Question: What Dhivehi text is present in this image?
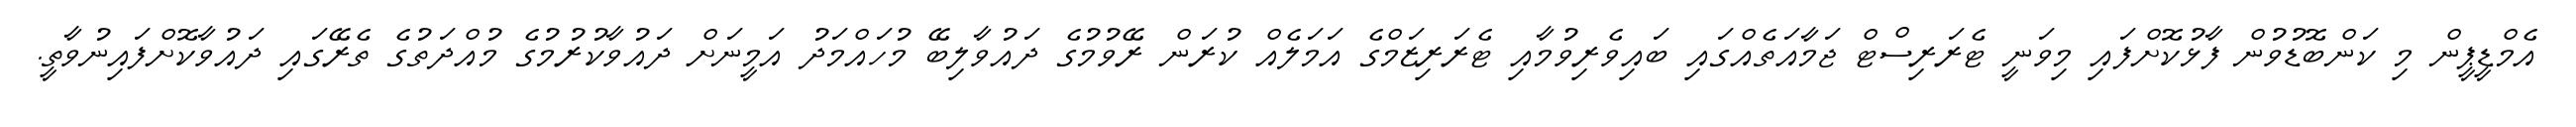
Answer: އެމްޑީޕީން މި ކަންބޮޑުވުން ފާޅުކޮށްފައި މިވަނީ ޓެރަރިސްޓް ޖަމާއަތެއްގައި ބައިވެރިވުމާއި ޓެރަރިޒަމްގެ އަމަލެއް ކުރަން ރޭވުމުގެ ދައުވާލިބޭ މުހައްމަދު އަމީނަށް ދައުވާކުރުމުގެ މުއްދަތުގެ ތެރޭގައި ދައުވާކޮށްފައިނުވާތީ.